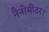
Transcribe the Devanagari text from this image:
नैनोमीटर।